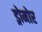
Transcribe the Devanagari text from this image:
ड्रोमोर